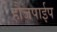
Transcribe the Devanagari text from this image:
हौजपाईप